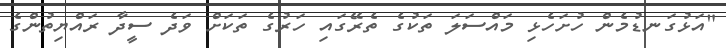
"އަޅުގަނޑުމެން ހުށަހެޅި މައްސަލަ ތަކުގެ ތެރޭގައި ހަރުގެ ތަކަށް ވަދެ ސީދާ ރައްޔިތުންގެ